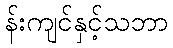
န်းကျင်နှင့်သဘာ